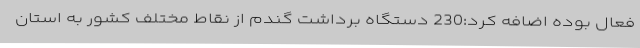
فعال بوده اضافه کرد:230 دستگاه برداشت گندم از نقاط مختلف کشور به استان